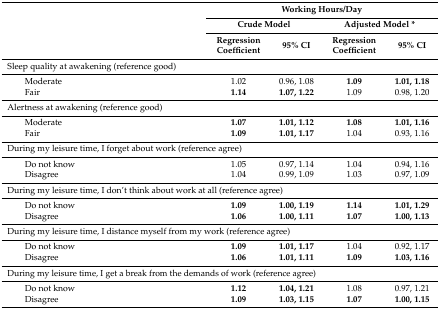
<table><thead><tr><td rowspan="3"></td><td colspan="4"><b>Working Hours/Day</b></td></tr><tr><td colspan="2"><b>Crude Model</b></td><td colspan="2"><b>Adjusted Model *</b></td></tr><tr><td><b>Regression Coefficient</b></td><td><b>95% CI</b></td><td><b>Regression Coefficient</b></td><td><b>95% CI</b></td></tr></thead><tbody><tr><td colspan="3">Sleep quality at awakening (reference good)</td><td></td><td></td></tr><tr><td>Moderate</td><td>1.02</td><td>0.96, 1.08</td><td><b>1.09</b></td><td><b>1.01, 1.18</b></td></tr><tr><td>Fair</td><td><b>1.14</b></td><td><b>1.07, 1.22</b></td><td>1.09</td><td>0.98, 1.20</td></tr><tr><td colspan="3">Alertness at awakening (reference good)</td><td></td><td></td></tr><tr><td>Moderate</td><td><b>1.07</b></td><td><b>1.01, 1.12</b></td><td><b>1.08</b></td><td><b>1.01, 1.16</b></td></tr><tr><td>Fair</td><td><b>1.09</b></td><td><b>1.01, 1.17</b></td><td>1.04</td><td>0.93, 1.16</td></tr><tr><td colspan="3">During my leisure time, I forget about work (reference agree)</td><td></td><td></td></tr><tr><td>Do not know</td><td>1.05</td><td>0.97, 1.14</td><td>1.04</td><td>0.94, 1.16</td></tr><tr><td>Disagree</td><td>1.04</td><td>0.99, 1.09</td><td>1.03</td><td>0.97, 1.09</td></tr><tr><td colspan="3">During my leisure time, I don’t think about work at all (reference agree)</td><td></td><td></td></tr><tr><td>Do not know</td><td><b>1.09</b></td><td><b>1.00, 1.19</b></td><td><b>1.14</b></td><td><b>1.01, 1.29</b></td></tr><tr><td>Disagree</td><td><b>1.06</b></td><td><b>1.00, 1.11</b></td><td><b>1.07</b></td><td><b>1.00, 1.13</b></td></tr><tr><td colspan="3">During my leisure time, I distance myself from my work (reference agree)</td><td></td><td></td></tr><tr><td>Do not know</td><td><b>1.09</b></td><td><b>1.01, 1.17</b></td><td>1.04</td><td>0.92, 1.17</td></tr><tr><td>Disagree</td><td><b>1.06</b></td><td><b>1.01, 1.11</b></td><td><b>1.09</b></td><td><b>1.03, 1.16</b></td></tr><tr><td colspan="3">During my leisure time, I get a break from the demands of work (reference agree)</td><td></td><td></td></tr><tr><td>Do not know</td><td><b>1.12</b></td><td><b>1.04, 1.21</b></td><td>1.08</td><td>0.97, 1.21</td></tr><tr><td>Disagree</td><td><b>1.09</b></td><td><b>1.03, 1.15</b></td><td><b>1.07</b></td><td><b>1.00, 1.15</b></td></tr></tbody></table>